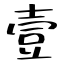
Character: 壹